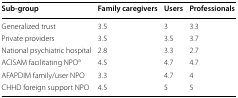
<table><thead><tr><td><b>Sub-group</b></td><td><b>Family caregivers</b></td><td><b>Users</b></td><td><b>Professionals</b></td></tr></thead><tbody><tr><td>Generalized trust</td><td>3.5</td><td>3</td><td>3.3</td></tr><tr><td>Private providers</td><td>3.5</td><td>3.5</td><td>3.7</td></tr><tr><td>National psychiatric hospital</td><td>2.8</td><td>3.3</td><td>2.7</td></tr><tr><td>ACISAM facilitating NPO<sup>a</sup></td><td>4.5</td><td>4.7</td><td>4.7</td></tr><tr><td>AFAPDIM family/user NPO</td><td>3.3</td><td>4.7</td><td>4</td></tr><tr><td>CHHD foreign support NPO</td><td>4.5</td><td>5</td><td>5</td></tr></tbody></table>